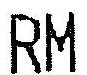
RM